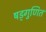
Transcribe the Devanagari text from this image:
षड्गुणित